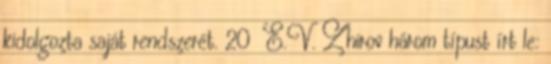
kidolgozta saját rendszerét. 20 E.V. Zhirov három típust írt le: